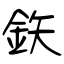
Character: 鉃